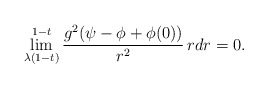
\begin{align*}\lim_{\lambda(1-t)}^{1-t}\frac{g^2(\psi-\phi+\phi(0))}{r^2}\,rdr=0.\end{align*}